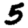
Digit: 5